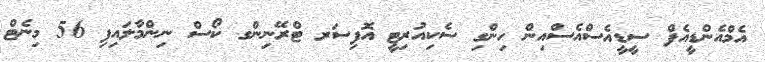
އެމްއެންޑީއެފް ސީޑީއެސްއެސްއިން ހިންގި ސެކިއުރިޓީ އޮފިސަރ ޓްރޭނިންގ ކޯސް ނިންމާލައިފި 56 މިނެޓް